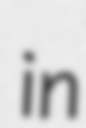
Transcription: in